Eesti_Rahvusfond, lk 45
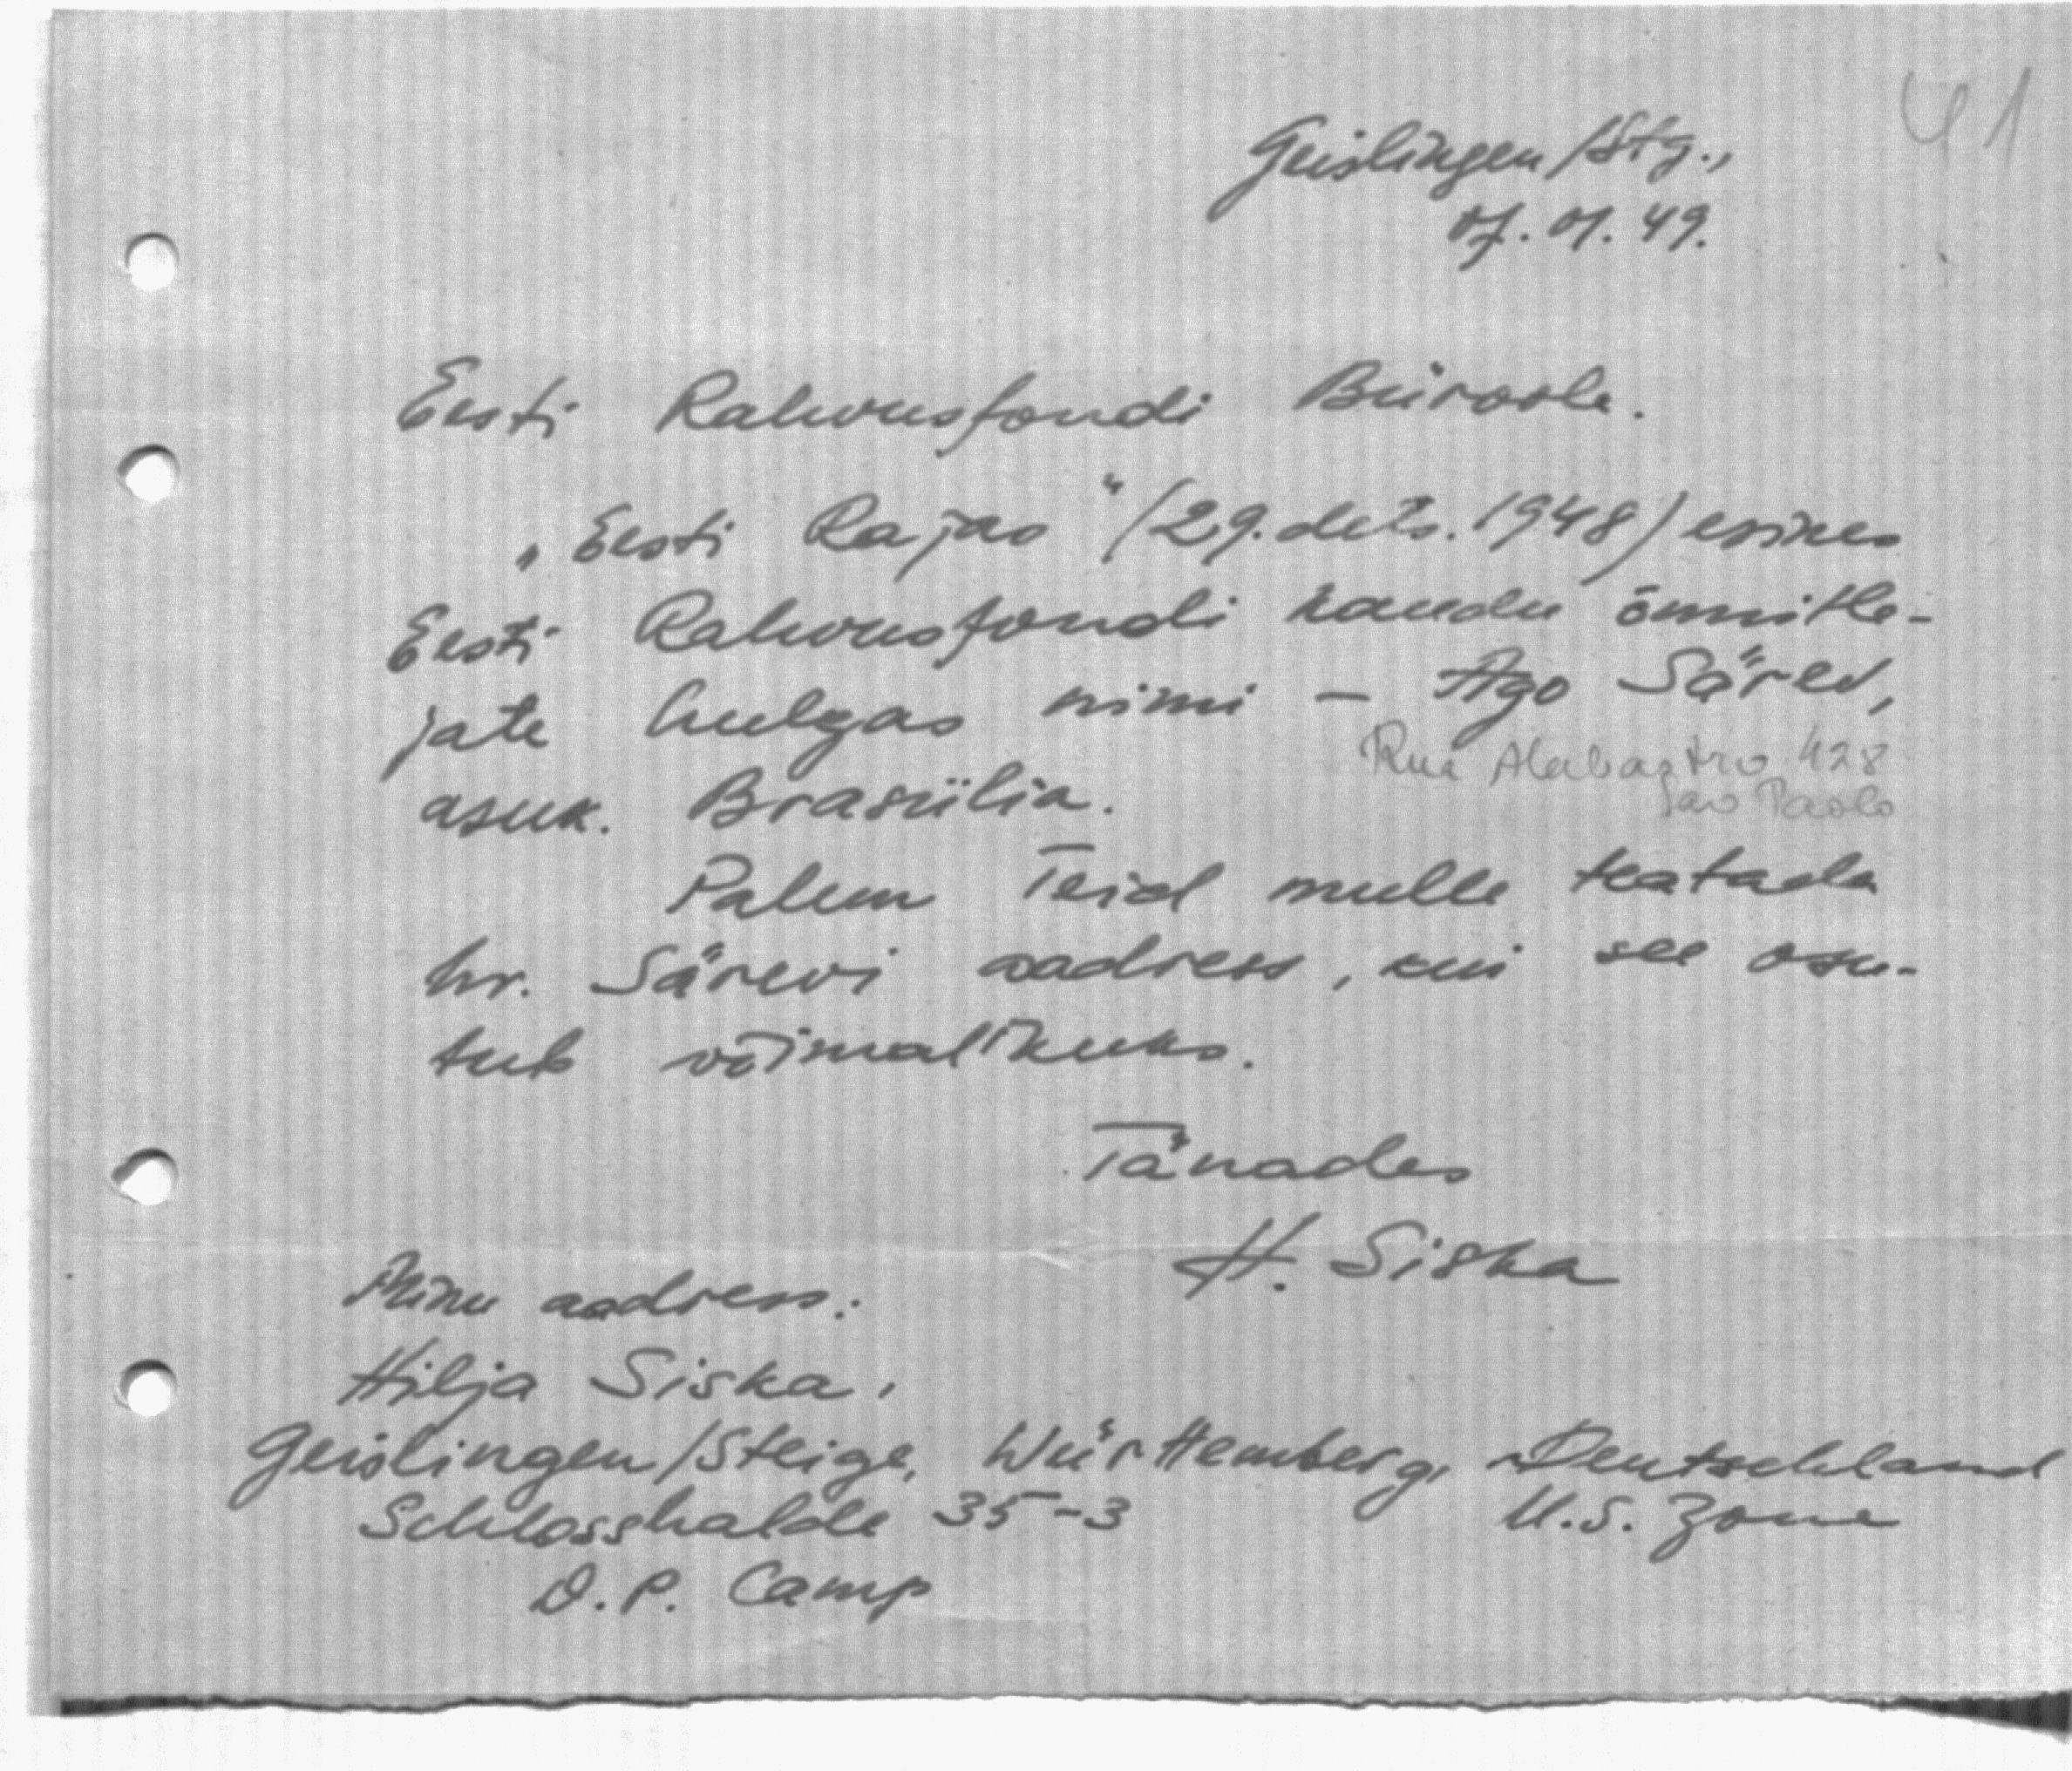
Geislingen /Stg.,
07.01.49.

Eesti Rahvusfondi Büroole.
"Eesti Rajas" (29. dets.1948) esines
Eesti Rahvusfondi kaudu õnnitle-
jate hulgas nimi - Ago Särev,
Rua Alabastro 428
asuk. Brasiilia.
Sao Paolo
Palun Teid mulle teatada
hr. Särevi aadress, kui see osu-
tub võimalikuks.
Tänades.
Minu aadress:
H. Siska
Hilja Siska.
Geislingen/Steige, Württemberg, Deutschland
Schlosshalde 35-3
U.S. Zone
D.P. Camp